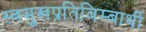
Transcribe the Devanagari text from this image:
स्वमुखप्रतिबिम्बार्थी